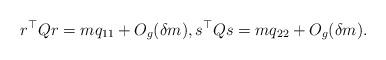
LaTeX: \begin{align*} {r}^{\top} Q {r} = m q_{11} + O_g(\delta m ), {s}^{\top} Q {s} = m q_{22} + O_g(\delta m ).\end{align*}